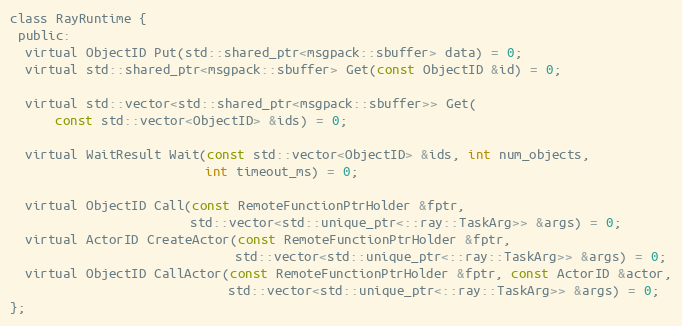
Language: C
class RayRuntime {
 public:
  virtual ObjectID Put(std::shared_ptr<msgpack::sbuffer> data) = 0;
  virtual std::shared_ptr<msgpack::sbuffer> Get(const ObjectID &id) = 0;

  virtual std::vector<std::shared_ptr<msgpack::sbuffer>> Get(
      const std::vector<ObjectID> &ids) = 0;

  virtual WaitResult Wait(const std::vector<ObjectID> &ids, int num_objects,
                          int timeout_ms) = 0;

  virtual ObjectID Call(const RemoteFunctionPtrHolder &fptr,
                        std::vector<std::unique_ptr<::ray::TaskArg>> &args) = 0;
  virtual ActorID CreateActor(const RemoteFunctionPtrHolder &fptr,
                              std::vector<std::unique_ptr<::ray::TaskArg>> &args) = 0;
  virtual ObjectID CallActor(const RemoteFunctionPtrHolder &fptr, const ActorID &actor,
                             std::vector<std::unique_ptr<::ray::TaskArg>> &args) = 0;
};